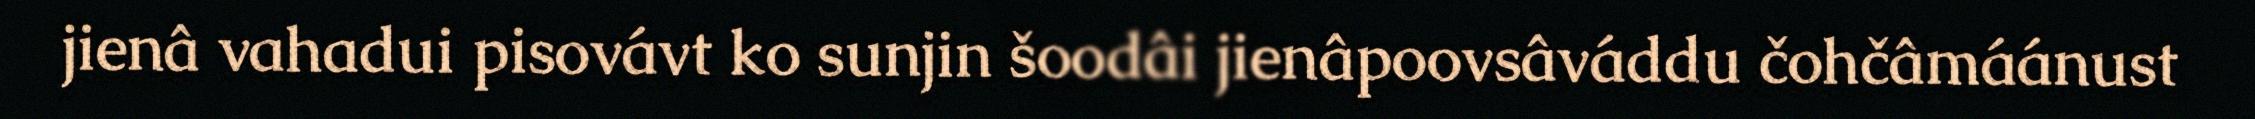
jienâ vahadui pisovávt ko sunjin šoodâi jienâpoovsâváddu čohčâmáánust